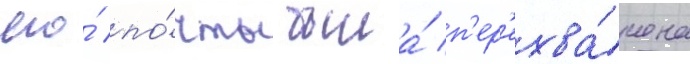
его́ по́чты была́ п'ер'ехва́чена